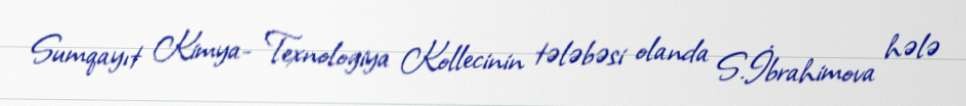
Sumqayıt Kimya- Texnologiya Kollecinin tələbəsi olanda S.İbrahimova hələ